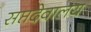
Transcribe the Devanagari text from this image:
सप्तदेवालय